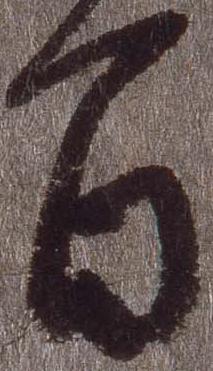
旨